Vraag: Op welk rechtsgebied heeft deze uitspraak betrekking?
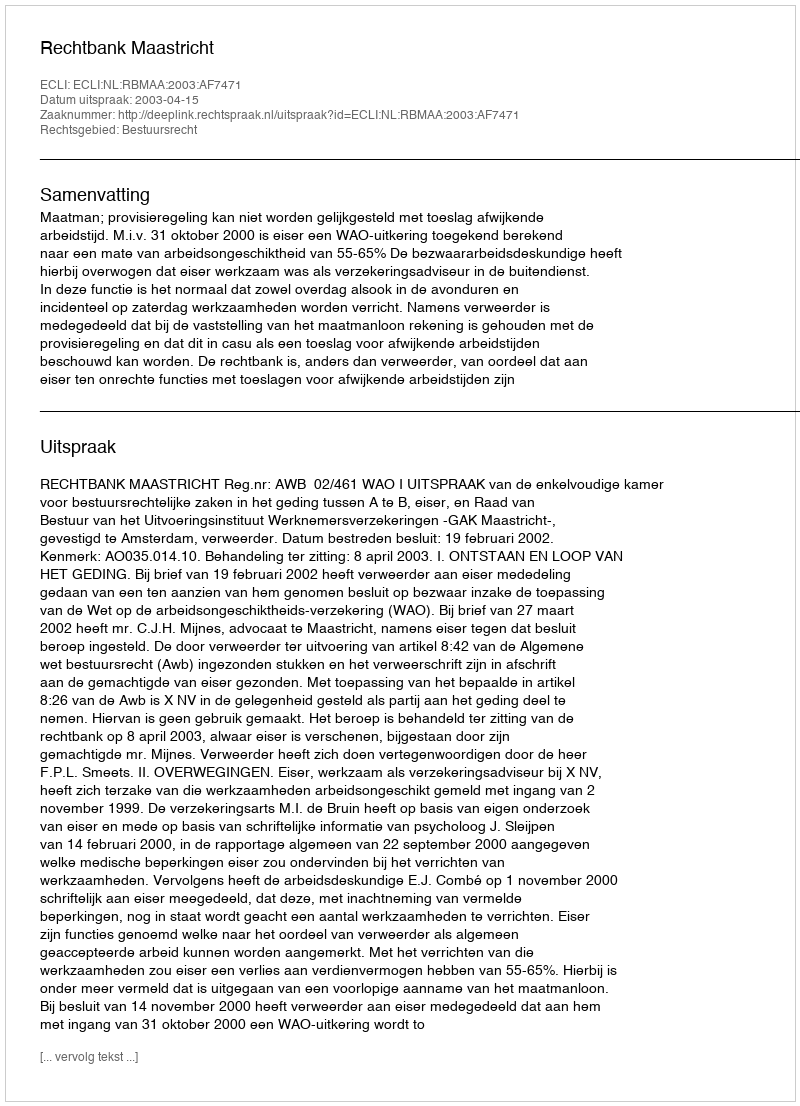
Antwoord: Bestuursrecht